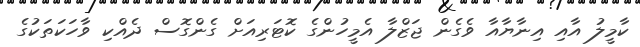
ކާމީލު އާއި އިނާޔާއާ ވެގެން ޖަޒްލާ އެމީހުންގެ ކޮޓަރިއަށް ގެންގޮސް ދެއްކި ވާހަކަތަކުގެ